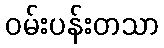
ဝမ်းပန်းတသာ